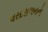
વરદરાજનનો